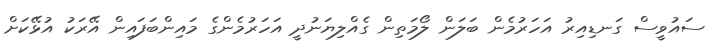
ސައުވީސް ގަނޑިއިރު އަހަރުމެން ބަލަން ލޯމަތިން ގެއްލިޔަނުދީ އަހަރުމެންގެ މައިންބަފައިން އޭރަކު އުޅޭކަށް